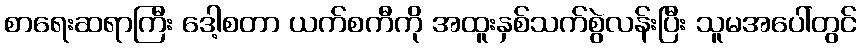
စာရေးဆရာကြီး ဒေါ့စတာ ယက်စကီကို အထူးနှစ်သက်စွဲလန်းပြီး သူမအပေါ်တွင်